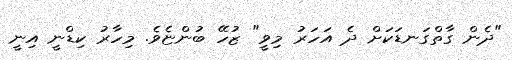
"ދެން ގާތްގަނޑަކަށް ދެ އަހަރު މިވީ" ޒުހޭ ބުންޏެވެ. މިހާރު ކިޑްނީ އިނީ